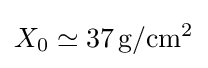
X_{0}\simeq 37\,{\text{g}}/{\text{cm}}^{2}